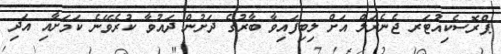
ޕްރޮސެކިއުޓަރ ޖެނެރަލް އަށް ލިބިފައިވާ ބާރުގެ ދަށުން ދައުވާ ކުރެވޭނެ ކަމަށާއި އަދި